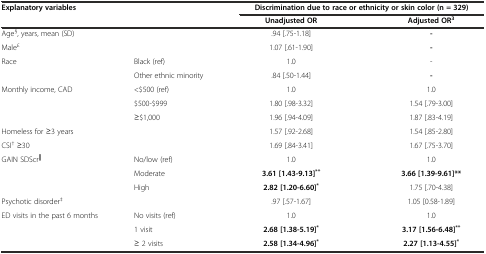
| <COLSPAN=2> Explanatory variables | <COLSPAN=2> Discrimination due to race or ethnicity or skin color (n = 329) |
 | <COLSPAN=2>  | Unadjusted OR | Adjusted OR3 |
 | --- | --- | --- | --- |
 | <COLSPAN=2> Age§, years, mean (SD) | .94 [.75-1.18] | - |
 | <COLSPAN=2> Male£ | 1.07 [.61-1.90] | - |
 | <ROWSPAN=2> Race | Black (ref) | 1.0 | - |
 | Other ethnic minority | .84 [.50-1.44] | - |
 | <ROWSPAN=3> Monthly income, CAD | <$500 (ref) | 1.0 | 1.0 |
 | $500-$999 | 1.80 [.98-3.32] | 1.54 [.79-3.00] |
 | ≥$1,000 | 1.96 [.94-4.09] | 1.87 [.83-4.19] |
 | <COLSPAN=2> Homeless for ≥3 years | 1.57 [.92-2.68] | 1.54 [.85-2.80] |
 | <COLSPAN=2> CSI† ≥30 | 1.69 [.84-3.41] | 1.67 [.75-3.70] |
 | <ROWSPAN=3> GAIN SDScr║ | No/low (ref) | 1.0 | 1.0 |
 | Moderate | 3.61 [1.43-9.13]** | 3.66 [1.39-9.61]** |
 | High | 2.82 [1.20-6.60]* | 1.75 [.70-4.38] |
 | <COLSPAN=2> Psychotic disorder‡ | .97 [.57-1.67] | 1.05 [0.58-1.89] |
 | <ROWSPAN=2> ED visits in the past 6 months | No visits (ref) | 1.0 | 1.0 |
 | 1 visit | 2.68 [1.38-5.19]* | 3.17 [1.56-6.48]** |
 |  | ≥ 2 visits | 2.58 [1.34-4.96]* | 2.27 [1.13-4.55]* |